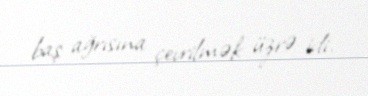
baş ağrısına çevrilmək üzrə idi.